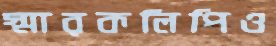
স্মারকলিপিও